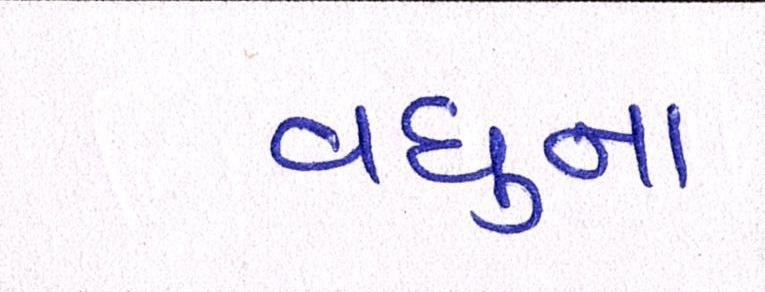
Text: વધુના